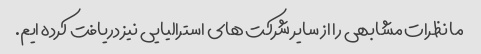
ما نظرات مشابهی را از سایر شرکت های استرالیایی نیز دریافت کرده ایم.